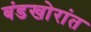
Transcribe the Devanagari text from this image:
बंडखोरांत